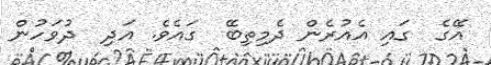
އޭގެ  ގައި އެއުރެން ދެމިތިބޭ  ގައެވެ. އަދި  ދުވަހުން